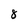
Character: 8